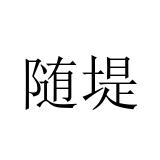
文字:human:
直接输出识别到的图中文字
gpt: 随堤